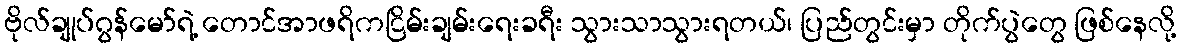
ဗိုလ်ချုပ်ဂွန်မော်ရဲ့ တောင်အာဖရိကငြိမ်းချမ်းရေးခရီး သွားသာသွားရတယ်၊ ပြည်တွင်းမှာ တိုက်ပွဲတွေ ဖြစ်နေလို့